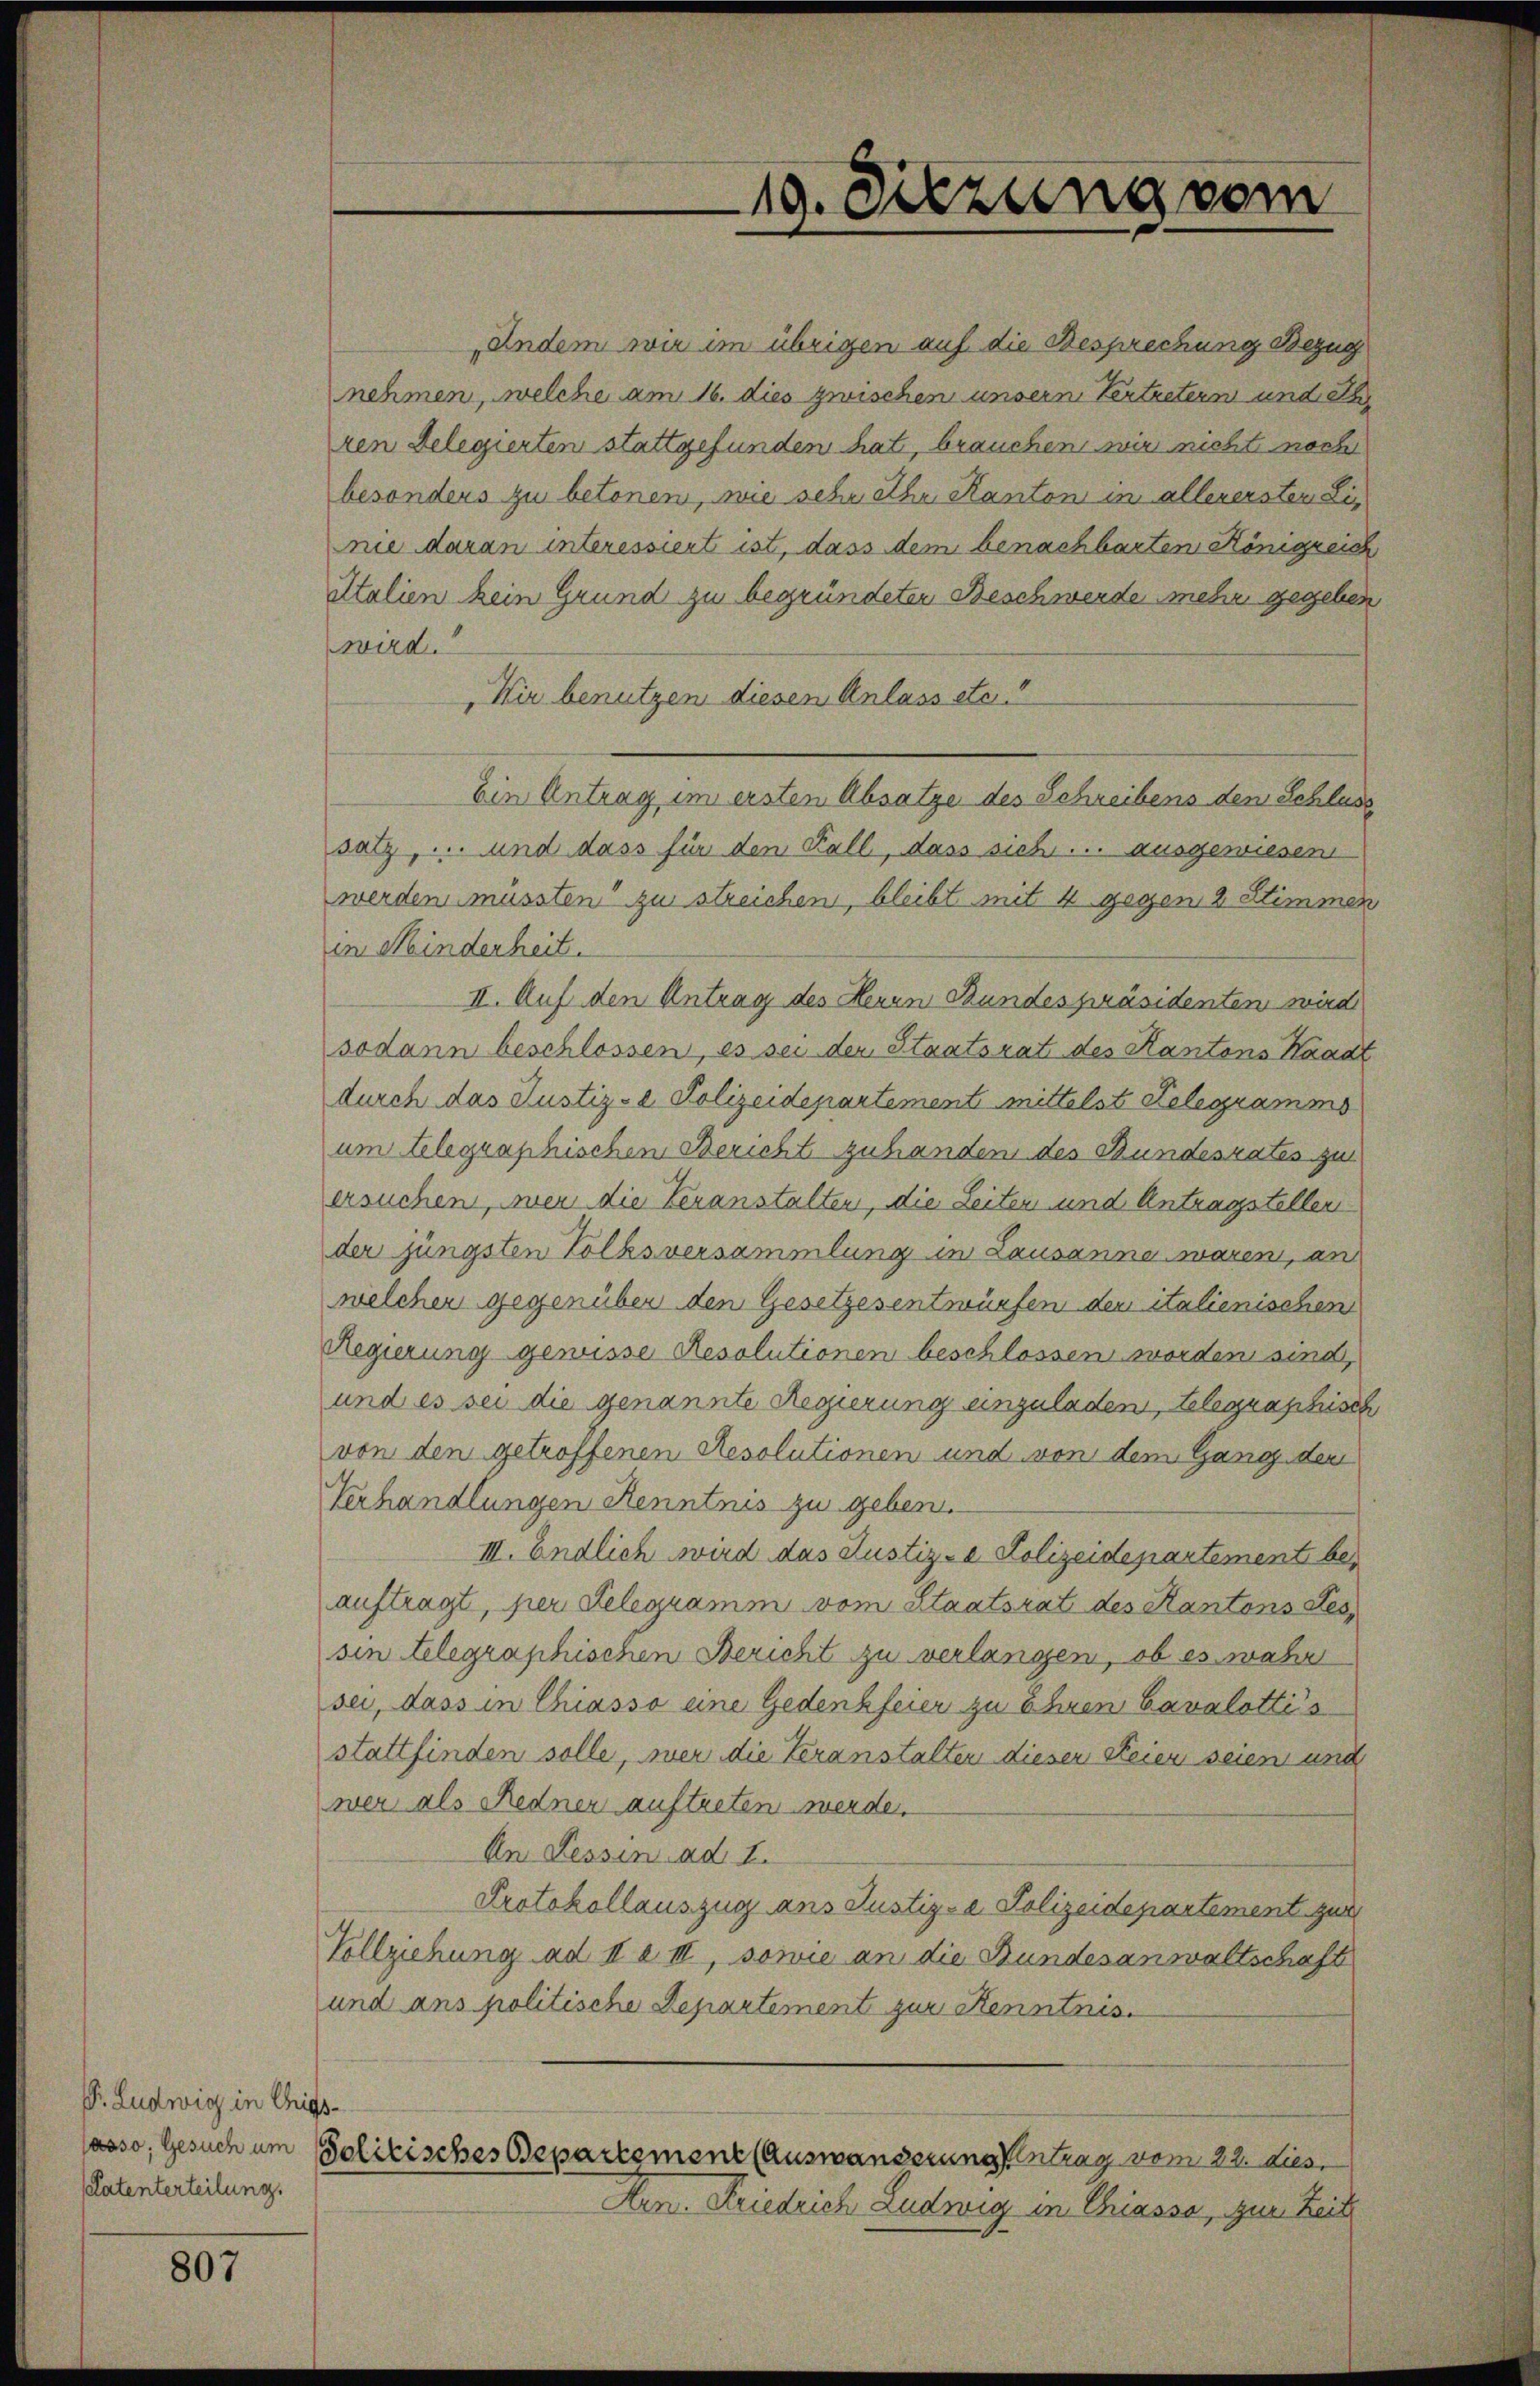
P. Ludwig in Chrig
Patenterteilung.

807

Andem wir im übrigen auf die Besprechung Bezug
nehmen, welche am 16. dies zwischen unsern Vertretern und e
ren Delegierten stattgefunden hat, brauchen wir nicht noch
besonders zu betonen, wie sehr ehe Kanton in allerersten Lie
nie daran interessiert ist, dass dem benachbarten Königreich
italien kein Grund zu begründeten Beschwerde mehr gegeben
wird.
Hir benutzen diesen Anlass etc.
bin Antrag im ersten Absatze des Schreibens den Schluss
satz, und dass für den Kall, dass sich ... ausgewiesen
werden müssten zu streichen, bleibt mit 4 gegen 8 Stimmen
in Mindenheit.
II. Auf den Antrag des Heuen Bundespräsidenten wird
sodann beschlossen, es sei der Staatsrat des Kantons Kaadt
durch das Justiz- & Polizeidepartement mittelst Telegramms
um telegraphischen Bericht zuhanden des Bundesrates zu
ersuchen, wenn die Veranstalten, die Leiten und Antragstellen
der jüngsten Volksversammlung in Lausanna waren, an
welcher gegenüber den Gesetzesentwürfen der italienischen
Regierung gewisse Resolutionen beschlossen worden sind,
und es sei die genannte Regierung einzuladen, telegraschisch
von den getroffenen Resolutionen und von dem Gang der
Verhandlungen Kenntnis zu geben.
III. Endlich wird das Justiz- & Polizeidepartement beauftragt, per Delegramm vom Staatsrat des Kantons Tes
sin telegraphischen Bericht zu verlangen, ob es wahr
sei, dass in Chiasso eine Gedenkfeier zu Ehren Cavalottis
stattfinden solle, wer die Veranstalten dieser Feier seien und
wer als Redner auftreten werde.
An Tessin ad 1.
Protokollauszug ans Justiz-e Polizeidepartement zur
Vollziehung ad II a III, sowie an die Bundesanwaltschaft
und ans politische Departement zur Kenntnis.
¬
Jasso; Gesuch um solitisches Departement (Auswanderung entrag vom 22. dies
Arn. Friedrich Ludwig in Chiassa, zur Zeit

19. Sitzung vom